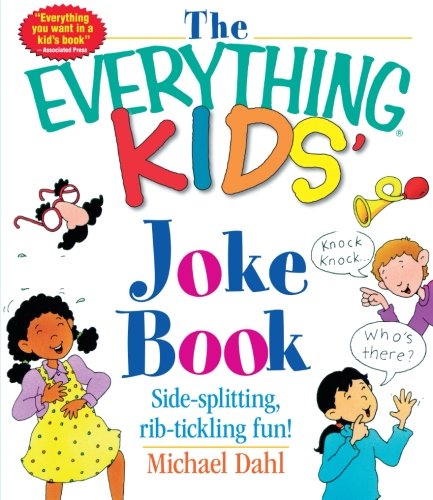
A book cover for The Everything Kids' Joke Book: Side-Splitting, Rib-Tickling Fun; Michael Dahl; Children's Books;